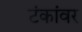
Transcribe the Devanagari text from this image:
टंकांवर